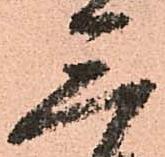
三